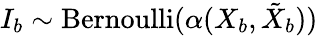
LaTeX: I_{b}\sim\mathrm{Bernoulli}(\alpha(X_{b},\tilde{X}_{b}))